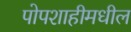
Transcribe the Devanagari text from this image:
पोपशाहीमधील